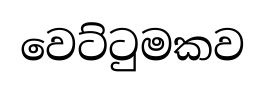
වෙට්ටුමකව